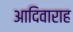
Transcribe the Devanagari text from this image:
आदिवाराह